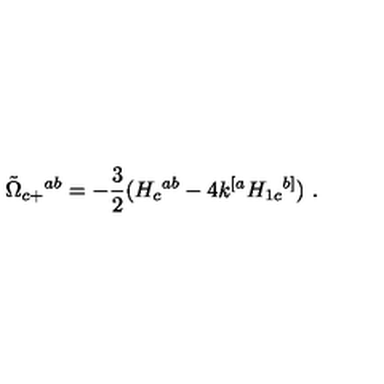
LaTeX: { \tilde { \Omega } } _ { c + } { } ^ { a b } = - { \frac { 3 } { 2 } } ( H _ { c } { } ^ { a b } - 4 k ^ { [ a } H _ { 1 c } { } ^ { b ] } ) \ .